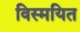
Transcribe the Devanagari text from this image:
विस्मयित